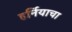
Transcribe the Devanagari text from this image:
हर्नियाचा